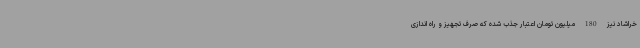
خراشاد نیز 180 میلیون تومان اعتبار جذب شده که صرف تجهیز و راه اندازی